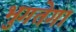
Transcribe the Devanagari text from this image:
भुगतेगा